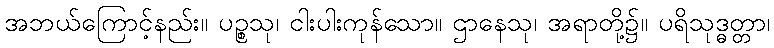
အဘယ်ကြောင့်နည်း။ ပဉ္စသု၊ ငါးပါးကုန်သော။ ဌာနေသု၊ အရာတို့၌။ ပရိသုဒ္ဓတ္တာ၊